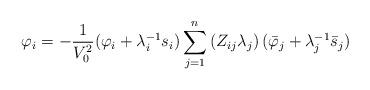
LaTeX: \begin{align*}\varphi_i=-\frac{1}{V_0^2}(\varphi_i+\lambda_i^{-1}s_i)\sum\limits_{j=1}^n\left(Z_{ij}\lambda_j\right)(\bar{\varphi}_j+\lambda_j^{-1}\bar{s}_j)\end{align*}